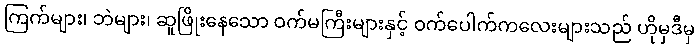
ကြက်များ၊ ဘဲများ၊ ဆူဖြိုးနေသော ဝက်မကြီးများနှင့် ဝက်ပေါက်ကလေးများသည် ဟိုမှဒီမှ